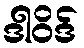
ဒါဝိဒ်